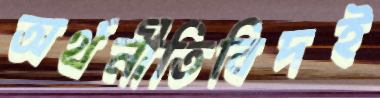
অর্থনীতিবিদই